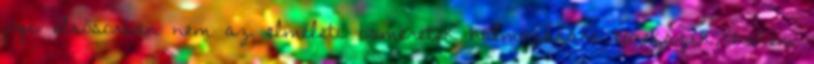
jógi elsősorban nem az elméleti ismeretek halmozására törekszik, hanem